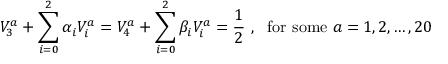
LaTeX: V _ { 3 } ^ { a } + \sum _ { i = 0 } ^ { 2 } \alpha _ { i } V _ { i } ^ { a } = V _ { 4 } ^ { a } + \sum _ { i = 0 } ^ { 2 } \beta _ { i } V _ { i } ^ { a } = { \frac { 1 } { 2 } } ~ , ~ ~ { \mathrm { f o r ~ s o m e } } ~ a = 1 , 2 , \dots , 2 0